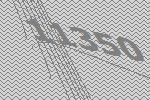
11350